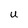
Character: U